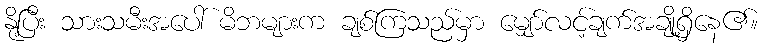
နို့ပြီး သားသမီးအပေါ် မိဘများက ချစ်ကြသည်မှာ မျှော်လင့်ချက်အချို့ရှိနေ၏။